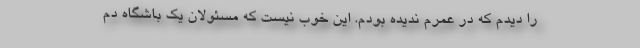
را دیدم که در عمرم ندیده بودم. این خوب نیست که مسئولان یک باشگاه دم